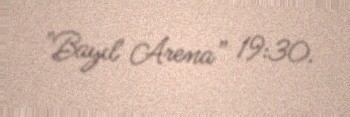
"Bayıl Arena” 19:30.